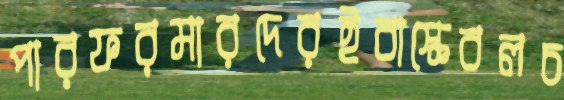
পারফরমারদেরইবাস্কেবলচ